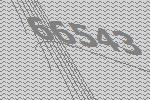
66543